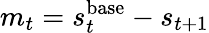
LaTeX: m_{t}=s_{t}^{\mathrm{base}}-s_{t+1}